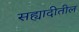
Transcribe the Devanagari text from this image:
सह्यादीतील